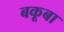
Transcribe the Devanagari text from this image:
बकूबा